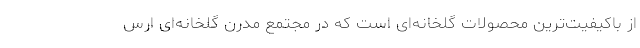
از باکیفیت‌ترین محصولات گلخانه‌ای است که در مجتمع مدرن گلخانه‌ای ارس